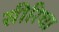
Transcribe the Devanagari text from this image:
सीरिथा